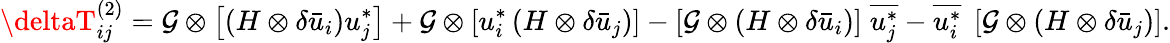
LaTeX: \deltaT_{ij}^{\left(2\right)}=\mathcal{G}\otimes\left[{\left({H\otimes\delta{{\bar{{u}}}_{i}}}\right)u_{j}^{*}}\right]+\mathcal{G}\otimes\left[{u_{i}^{*}\left({H\otimes\delta{{\bar{{u}}}_{j}}}\right)}\right]-\left[{\mathcal{G}\otimes\left({H\otimes\delta{{\bar{{u}}}_{i}}}\right)}\right]\; \overline{{{u_{j}^{*}}}}-\overline{{{u_{i}^{*}}}}\; \left[{\mathcal{G}\otimes\left({H\otimes\delta{{\bar{{u}}}_{j}}}\right)}\right].